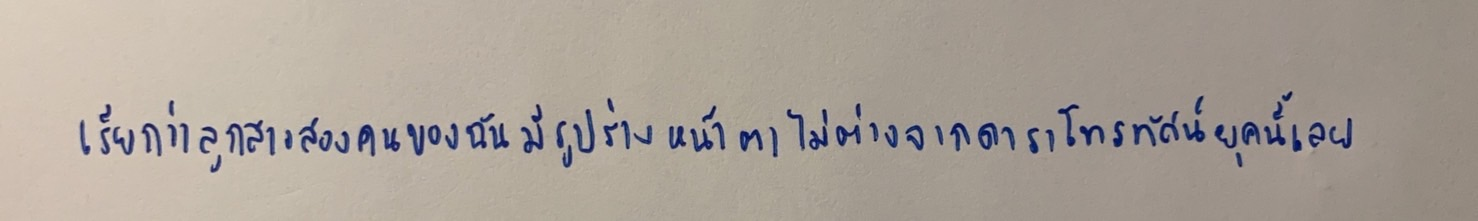
เรียกว่าลูกสาวสองคนของฉันมีรูปร่างหน้าตาไม่ต่างจากดาราโทรทัศน์ยุคนี้เลย